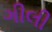
ગીલી